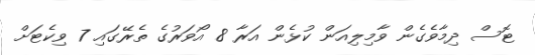
ޓޮސް ދިމާވެގެން ވާމިލިއަން ކުޅެން އަރާ 8 އޯވަރުގެ ތެރޭގައި 7 ވިކެޓަށް